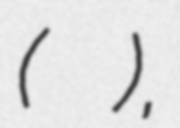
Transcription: (Ольга Лукьянова),